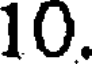
10.